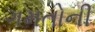
ગમતોની